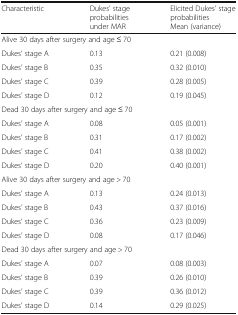
<table><thead><tr><td><b>Characteristic</b></td><td><b>Dukes’ stage probabilities under MAR</b></td><td><b>Elicited Dukes’ stage probabilitiesMean (variance)</b></td></tr></thead><tbody><tr><td colspan="3">Alive 30 days after surgery and age ≤ 70</td></tr><tr><td>Dukes’ stage A</td><td>0.13</td><td>0.21 (0.008)</td></tr><tr><td>Dukes’ stage B</td><td>0.35</td><td>0.32 (0.010)</td></tr><tr><td>Dukes’ stage C</td><td>0.39</td><td>0.28 (0.005)</td></tr><tr><td>Dukes’ stage D</td><td>0.12</td><td>0.19 (0.045)</td></tr><tr><td colspan="3">Dead 30 days after surgery and age ≤ 70</td></tr><tr><td>Dukes’ stage A</td><td>0.08</td><td>0.05 (0.001)</td></tr><tr><td>Dukes’ stage B</td><td>0.31</td><td>0.17 (0.002)</td></tr><tr><td>Dukes’ stage C</td><td>0.41</td><td>0.38 (0.002)</td></tr><tr><td>Dukes’ stage D</td><td>0.20</td><td>0.40 (0.001)</td></tr><tr><td colspan="3">Alive 30 days after surgery and age &gt; 70</td></tr><tr><td>Dukes’ stage A</td><td>0.13</td><td>0.24 (0.013)</td></tr><tr><td>Dukes’ stage B</td><td>0.43</td><td>0.37 (0.016)</td></tr><tr><td>Dukes’ stage C</td><td>0.36</td><td>0.23 (0.009)</td></tr><tr><td>Dukes’ stage D</td><td>0.08</td><td>0.17 (0.046)</td></tr><tr><td colspan="3">Dead 30 days after surgery and age &gt; 70</td></tr><tr><td>Dukes’ stage A</td><td>0.07</td><td>0.08 (0.003)</td></tr><tr><td>Dukes’ stage B</td><td>0.39</td><td>0.26 (0.010)</td></tr><tr><td>Dukes’ stage C</td><td>0.39</td><td>0.36 (0.012)</td></tr><tr><td>Dukes’ stage D</td><td>0.14</td><td>0.29 (0.025)</td></tr></tbody></table>